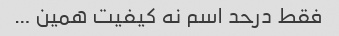
فقط درحد اسم نه کیفیت همین …